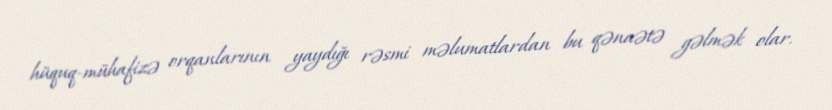
hüquq-mühafizə orqanlarının yaydığı rəsmi məlumatlardan bu qənaətə gəlmək olar.